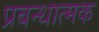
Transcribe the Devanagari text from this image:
प्रबन्धात्मक